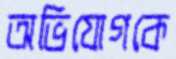
অভিযোগকে